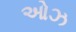
ઓઝ